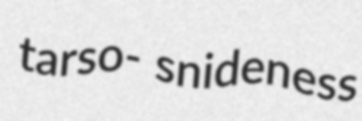
tarso- snideness